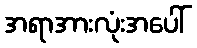
အရာအားလုံးအပေါ်